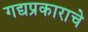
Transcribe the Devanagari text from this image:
गद्यप्रकाराचे